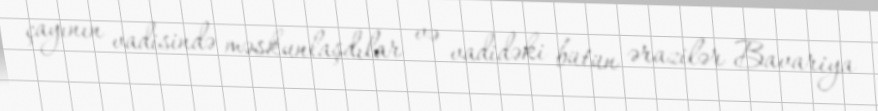
çayının vadisində məskunlaşdılar və vadidəki bütün ərazilər Bavariya